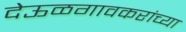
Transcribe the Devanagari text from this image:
देऊळगावकरांच्या